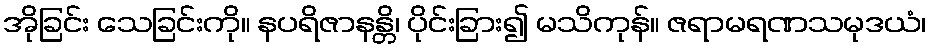
အိုခြင်း သေခြင်းကို။ နပရိဇာနန္တိ၊ ပိုင်းခြား၍ မသိကုန်။ ဇရာမရဏသမုဒယံ၊